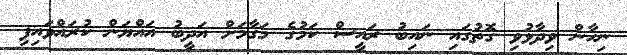
ނިހާން ވިދާޅުވި ގޮތުގައި ނައިބު ރައީސް ކަމުގެ މަގާމަށް އަދީބު އައްޔަން ކުރައްވައިފި